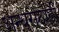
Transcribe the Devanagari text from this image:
अन्धराठाढी